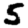
Digit: 5